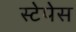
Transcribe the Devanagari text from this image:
स्टेपेस